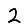
Digit: 2